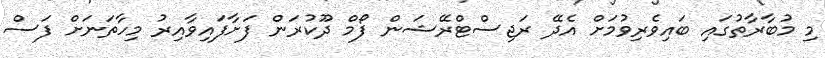
މި މުބާރާތުގައި ބައިވެރިވުމަށް އެދޭ ރަޖިސްޓްރޭޝަން ފޯމް ދޫކުރަން ފަށާފައިވާއިރު މިހާތަނަށް ފަސް